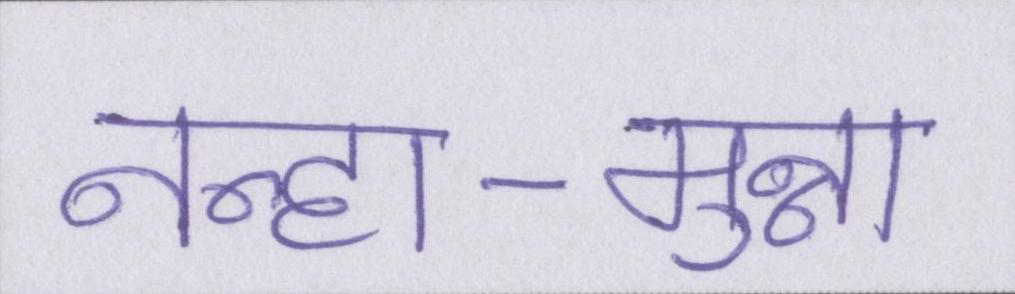
नन्हा-मुन्ना